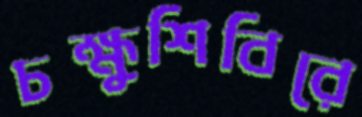
চক্ষুশিবিরে